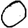
Digit: 0